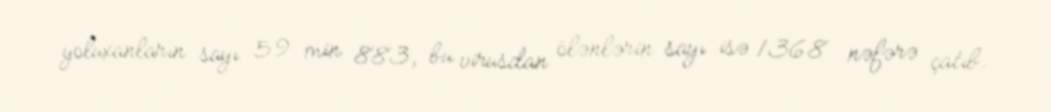
yoluxanların sayı 59 min 883, bu virusdan ölənlərin sayı isə 1368 nəfərə çatıb.